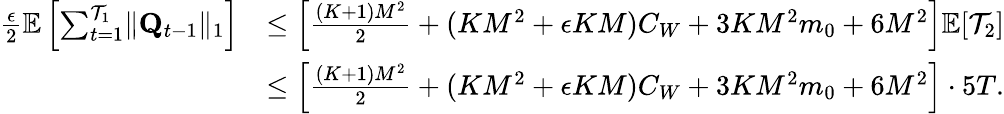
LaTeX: \begin{array}{rl}{\frac\epsilon 2\mathbb E\left[\sum_{t=1}^{\mathcal T_{1}}\lVert\mathbf Q_{t-1}\rVert_{1}\right]}&{\le\left[\frac{(K+1)M^{2}}2+(KM^{2}+\epsilon KM)C_{W}+3KM^{2}m_{0}+6M^{2}\right]\mathbb E[\mathcal T_{2}]}\\ &{\le\left[\frac{(K+1)M^{2}}2+(KM^{2}+\epsilon KM)C_{W}+3KM^{2}m_{0}+6M^{2}\right]\cdot 5T.}\end{array}